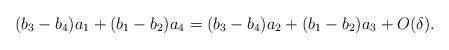
LaTeX: \begin{align*} (b_3 - b_4) a_1 + (b_1 - b_2) a_4 = (b_3 - b_4) a_2 + (b_1 - b_2) a_3 + O(\delta). \end{align*}